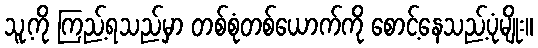
သူ့ကို ကြည့်ရသည်မှာ တစ်စုံတစ်ယောက်ကို စောင့်နေသည့်ပုံမျိုး။